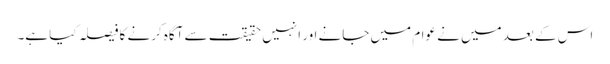
اس کے بعد میں نے عوام میں جانے اور انہیں حقیقت سے آگاہ کرنے کا فیصلہ کیا ہے۔